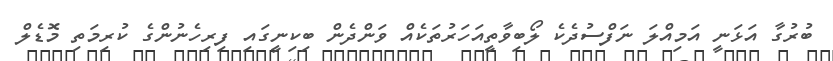
ބުރުގާ އަޅަނީ އަމިއްލަ ނަފްސުދެެކެ ލޯބިވާތީއަހަރުތަކެއް ވަންދެން ބިކިނީގައި ފިރިހެނުންގެ ކުރިމަތި މޮޑެލް